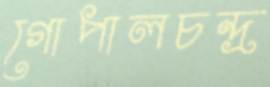
গোপালচন্দ্র